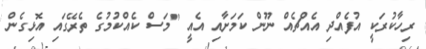
ރިހާކުރަކީ އުފެއްދި އެއްޗެއް ނޫން ކަމަށާއި އެއީ "މަސް ކެއްކުމުގެ ތެރޭގައި އޮޅިގެން